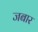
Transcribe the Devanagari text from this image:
जबार